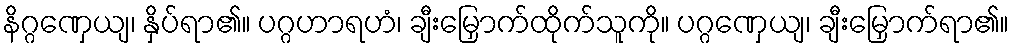
နိဂ္ဂဏှေယျ၊ နှိပ်ရာ၏။ ပဂ္ဂဟာရဟံ၊ ချီးမြှောက်ထိုက်သူကို။ ပဂ္ဂဏှေယျ၊ ချီးမြှောက်ရာ၏။